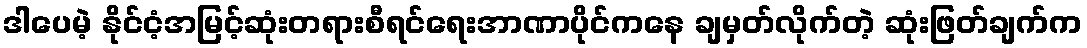
ဒါပေမဲ့ နိုင်ငံ့အမြင့်ဆုံးတရားစီရင်ရေးအာဏာပိုင်ကနေ ချမှတ်လိုက်တဲ့ ဆုံးဖြတ်ချက်က